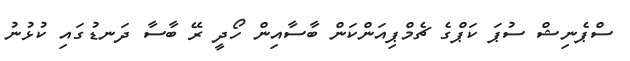
ސްޕެނިޝް ސުޕަ ކަޕްގެ ޗެމްޕިއަންކަން ބާސާއިން ހޯދީ ރޭ ބާސާ ދަނޑުގައި ކުޅުނު